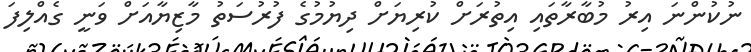
ނުކުންނަ އިރު މުބާރާތައި އިތުރަށް ކުރިޔަށް ދިޔުމުގެ ފުރުސަތު މާޒިޔާއަށް ވަނީ ގެއްލިފަ